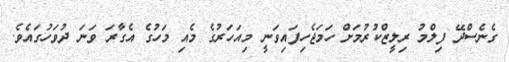
ގެނެސްދޭ ފިލްމު ރިލީޒްކުރުމަށް ހަމަޖެހިފައިވަނީ މިއަހަރުގެ މެއި މަހުގެ އެގާރަ ވަނަ ދުވަހުގައެވެ.